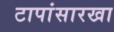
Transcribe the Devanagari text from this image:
टापांसारखा